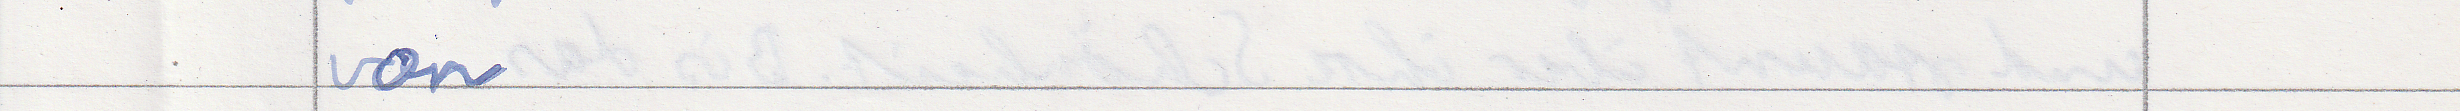
von